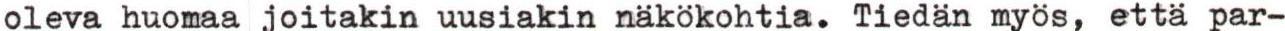
oleva huomaa joitakin uusiakin näkökohtia. Tiedän myös, että par-